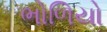
ભોળિયો